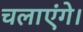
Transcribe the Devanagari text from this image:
चलाएंगे।